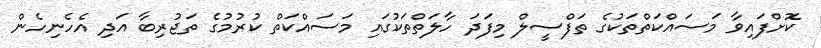
ކޮށްފައިވާ މަސައްކަތްތަކުގެ ތަފްސީލް މިފަދަ ހާލަތްތަކުގައި މަސައްކަތް ކުރުމުގެ ތަޖުރިބާ އަދި އެހެނިހެން